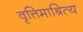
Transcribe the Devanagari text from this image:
वृत्तिमाश्रित्य